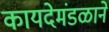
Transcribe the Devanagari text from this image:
कायदेमंडळाने